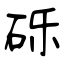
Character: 砾